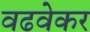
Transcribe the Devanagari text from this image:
वढवेकर